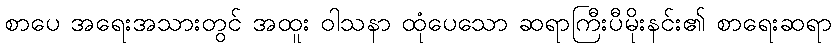
စာပေ အရေးအသားတွင် အထူး ဝါသနာ ထုံပေသော ဆရာကြီးပီမိုးနင်း၏ စာရေးဆရာ